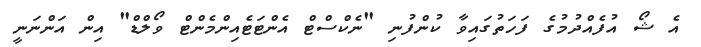
އެ ޝޯ އުފެއްދުމުގެ ފަހަތުގައިވާ ކުންފުނި "ނެކްސްޓް އެންޓަޓެއިންމެންޓް ވޯލްޑް" އިން އަންނަނީ